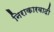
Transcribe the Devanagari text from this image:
निराकारवादी